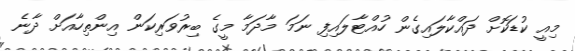
މިއީ ކުޑަކޮށް ދައްކާލައިގެން ހުއްޓާލައިފި ނަމަ މާދަމާ މީގެ ބިރުވަރިކަން އިންތިހާއަށް ދާނެ